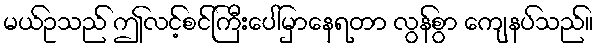
မယ်ဥသည် ဤလင့်စင်ကြီးပေါ်မှာနေရတာ လွန်စွာ ကျေနပ်သည်။